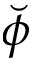
\breve { \phi }